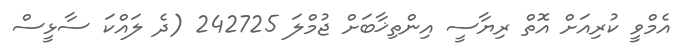
އެމްވީ ކުރިއަށް އޮތް ރިޔާސީ އިންތިޚާބަށް ޖުމްލަ 242725 (ދެ ލައްކަ ސާޅީސް